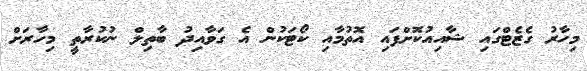
މިހާރު ގެޒެޓްގައި ޝާއިއުކޮށްފައި އޮތުމާއި ކޯޓަކުން އެ ގަވާއިދު ބާތިލް ނުކުރާތީ މިހާރަށް